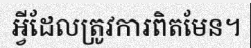
អ្វីដែលត្រូវការពិតមែន។